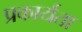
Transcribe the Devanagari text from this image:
प्रकार्यता